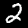
Label: 2